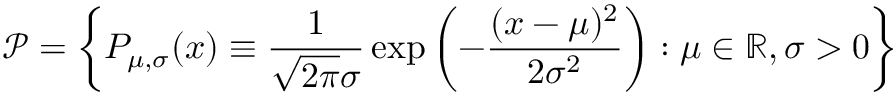
{ \mathcal { P } } = \left\{ P _ { \mu , \sigma } ( x ) \equiv { \frac { 1 } { { \sqrt { 2 \pi } } \sigma } } \exp \left( - { \frac { ( x - \mu ) ^ { 2 } } { 2 \sigma ^ { 2 } } } \right) : \mu \in \mathbb { R } , \sigma > 0 \right\}